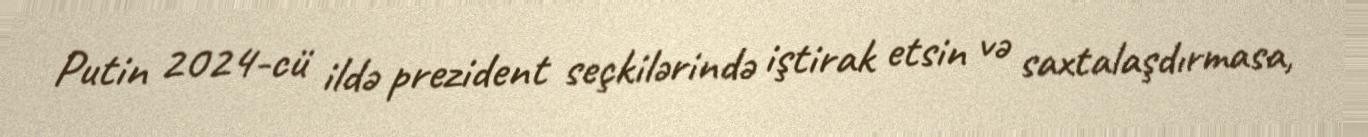
Putin 2024-cü ildə prezident seçkilərində iştirak etsin və saxtalaşdırmasa,